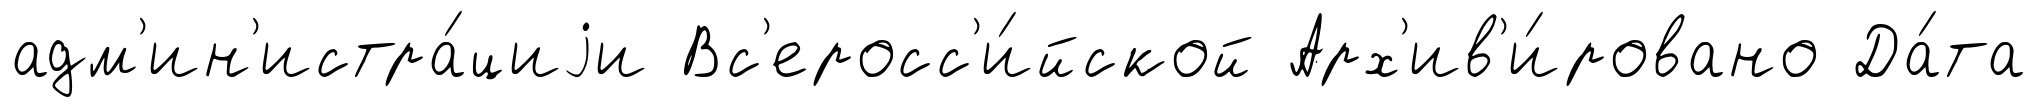
адм'ин'истра́циjи Вс'еросс'и́йской Арх'ив'и́ровано Да́та